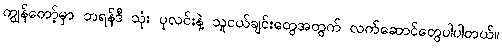
ကျွန်တော့်မှာ ဘရန်ဒီ သုံး ပုလင်းနဲ့ သူငယ်ချင်းတွေအတွက် လက်ဆောင်တွေပါပါတယ်။